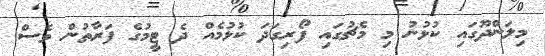
މިލަންދޫގައި ކުޅުނު މި މެޗުގައި ފޯރިގަދަ ކުޅުމެއް ދެ ޓީމުގެ ފަރާތުން ވެސް